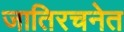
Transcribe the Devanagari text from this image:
जातिरचनेत